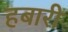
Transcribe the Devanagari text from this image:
हबारी